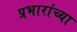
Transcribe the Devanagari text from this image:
प्रभारांच्या